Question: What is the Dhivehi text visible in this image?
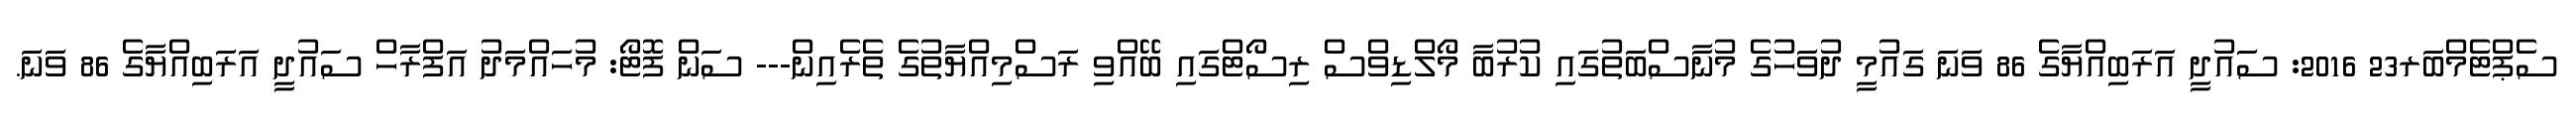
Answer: ސެޕްޓެމްބަރ23 2016: ސައުދީ އަރަބިއްޔާގެ 86 ވަނަ ގައުމީ ދުވަހުގެ މުނާސްބަތުގައި ކުރުބާ މޯލްޑިވްސް ރިސޯޓްގައި ބޭއްވި ރަސްމިއްޔާތުގެ ތެރެއިން--- ސަން ފޮޓޯ: މުހައްމަދު އަފްރާހް ސައުދީ އަރަބިއްޔާގެ 86 ވަނަ.